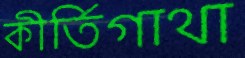
কীর্তিগাথা